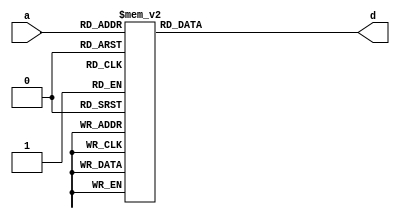
// Diseo:      rom_mul
// Archivo:     rom_mul.v
// Descripcin: Multiplicador BCD basado en ROM
// Autor:       Jorge Juan <jjchico@gmail.com>
// Fecha:       22/11/2017

/*
   Leccin 8-1. Multiplicador BCD basado en ROM.

   Una aplicacin frecuente de las memorias ROM es almacenar datos
   precalculados. De esta forma se evita la complicacin de disear un circuito
   de clculo especfico y se consigue que el clculo sea ms rpido, al estar
   el dato ya disponible en la ROM. No obstante, esta solucin slo es aplicable
   a datos de pocos bits ya que, de lo contratio, el nmero de datos a almacenar
   puede resultar excesivo.

   En este ejemplo se usa una ROM de 256 posiciones (8 bits de datos) para
   construir un multiplicador de cifras decimales (BCD). En cada direccin de la
   ROM se almacena el resultado (en BCD) de multiplicar multiplicar las dos
   cifras BCD representadas en la direccin. Por ejemplo, la direccin 01111000
   almacenar el dato 01011100:

        0111 x 1000 = 0101 1100
           7 x    8 =    5    6

   La representacin hexadecimal de Verilog es especialmente conveniente cuando
   se quieren especificar nmero almacenados en BCD ya que, por ejemplo, la
   representacin BCD del nmero 56 es la misma que la del dato hexadecimal
   'h56. */

`timescale 1ns / 1ps

//////////////////////////////////////////////////////////////////////////
// Multiplicador BCD basado en ROM                                      //
//////////////////////////////////////////////////////////////////////////

// ROM 256x8
module rom256x8 (
    input wire [7:0] a, // bus de direcciones
    output reg [7:0] d  // bus de datos
    );

    // Diseo ROM y contenido
    /* La forma ms directa de disear una ROM en Verilog es mediante una
     * estructura 'case' en la que se asigna una sola variable, ya que se
     * corresponde perfectamente con la operacin de la ROM: segn el valor de
     * la entrada de direccin, se asigna a la variable de salida el contenido
     * de la ROM. Las herramientas de sntesis no tendrn problemas en
     * identificar esta estructura y hacer una impletancin eficiente de la ROM. */
    always @(*)
        case (a)
        8'h00: d = 8'h00;
        8'h01: d = 8'h00;
        8'h02: d = 8'h00;
        8'h03: d = 8'h00;
        8'h04: d = 8'h00;
        8'h05: d = 8'h00;
        8'h06: d = 8'h00;
        8'h07: d = 8'h00;
        8'h08: d = 8'h00;
        8'h09: d = 8'h00;
        8'h10: d = 8'h00;
        8'h11: d = 8'h01;
        8'h12: d = 8'h02;
        8'h13: d = 8'h03;
        8'h14: d = 8'h04;
        8'h15: d = 8'h05;
        8'h16: d = 8'h06;
        8'h17: d = 8'h07;
        8'h18: d = 8'h08;
        8'h19: d = 8'h09;
        8'h20: d = 8'h00;
        8'h21: d = 8'h02;
        8'h22: d = 8'h04;
        8'h23: d = 8'h06;
        8'h24: d = 8'h08;
        8'h25: d = 8'h10;
        8'h26: d = 8'h12;
        8'h27: d = 8'h14;
        8'h28: d = 8'h16;
        8'h29: d = 8'h18;
        8'h30: d = 8'h00;
        8'h31: d = 8'h03;
        8'h32: d = 8'h00;
        8'h33: d = 8'h09;
        8'h34: d = 8'h12;
        8'h35: d = 8'h15;
        8'h36: d = 8'h18;
        8'h37: d = 8'h21;
        8'h38: d = 8'h24;
        8'h39: d = 8'h27;
        8'h40: d = 8'h00;
        8'h41: d = 8'h04;
        8'h42: d = 8'h08;
        8'h43: d = 8'h12;
        8'h44: d = 8'h16;
        8'h45: d = 8'h20;
        8'h46: d = 8'h24;
        8'h47: d = 8'h28;
        8'h48: d = 8'h32;
        8'h49: d = 8'h36;
        8'h50: d = 8'h00;
        8'h51: d = 8'h05;
        8'h52: d = 8'h10;
        8'h53: d = 8'h15;
        8'h54: d = 8'h20;
        8'h55: d = 8'h25;
        8'h56: d = 8'h30;
        8'h57: d = 8'h55;
        8'h58: d = 8'h40;
        8'h59: d = 8'h45;
        8'h60: d = 8'h00;
        8'h61: d = 8'h06;
        8'h62: d = 8'h12;
        8'h63: d = 8'h18;
        8'h64: d = 8'h24;
        8'h65: d = 8'h30;
        8'h66: d = 8'h36;
        8'h67: d = 8'h42;
        8'h68: d = 8'h48;
        8'h69: d = 8'h63;
        8'h70: d = 8'h00;
        8'h71: d = 8'h07;
        8'h72: d = 8'h14;
        8'h73: d = 8'h21;
        8'h74: d = 8'h28;
        8'h75: d = 8'h35;
        8'h76: d = 8'h42;
        8'h77: d = 8'h49;
        8'h78: d = 8'h56;
        8'h79: d = 8'h73;
        8'h80: d = 8'h00;
        8'h81: d = 8'h08;
        8'h82: d = 8'h16;
        8'h83: d = 8'h24;
        8'h84: d = 8'h32;
        8'h85: d = 8'h40;
        8'h86: d = 8'h48;
        8'h87: d = 8'h56;
        8'h88: d = 8'h64;
        8'h89: d = 8'h72;
        8'h90: d = 8'h00;
        8'h91: d = 8'h09;
        8'h92: d = 8'h18;
        8'h93: d = 8'h27;
        8'h94: d = 8'h36;
        8'h95: d = 8'h45;
        8'h96: d = 8'h54;
        8'h97: d = 8'h63;
        8'h98: d = 8'h72;
        8'h99: d = 8'h81;
        default: d = 8'hff;
        endcase
endmodule // rom256x8

// Multiplicador BCD de datos de 4 bits
module rommul_bcd (
    input wire [3:0] x,    // primer operando
    input wire [3:0] y,    // segundo operando
    output wire [7:0] z    // salida
    );

    // Multiplicador
    /* Los resultados estn precalculados en la ROM por lo que para hacer el
     * multiplicador basta con hacer las conexiones adecuadas a la misma */
    rom256x8 rom (.a({x, y}), .d(z));

endmodule // rommul_bcd

/*
   EJERCICIOS

   1. Compila la leccin con:

      $ iverilog rom_mul.v

      Comprueba que no hay errores de sintaxis

   (contina en rom_mul_tb.v)
*/